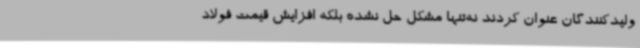
ولیدکنندگان عنوان کردند نه‌تنها مشکل حل نشده بلکه افزایش قیمت فولاد